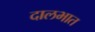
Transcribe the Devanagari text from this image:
दालभात